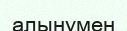
алынумен